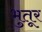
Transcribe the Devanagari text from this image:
भुतूर